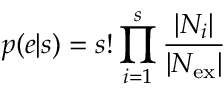
p ( e | s ) = s ! \prod _ { i = 1 } ^ { s } \frac { | N _ { i } | } { | N _ { \mathrm { e x } } | }